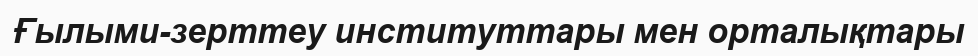
Ғылыми-зерттеу институттары мен орталықтары